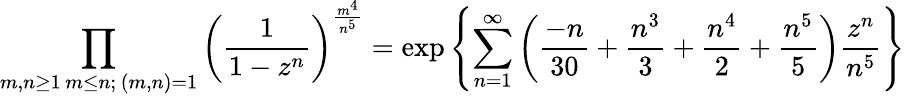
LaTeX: \prod_{\substack{m,n\geq 1\, m\leq n;\, (m,n)=1}}\left(\frac{1}{1-z^{n}}\right)^{\frac{m^{4}}{n^{5}}}=\exp\left\{ \sum_{n=1}^{\infty}\left(\frac{-n}{30}+\frac{n^{3}}{3}+\frac{n^{4}}{2}+\frac{n^{5}}{5}\right)\frac{z^{n}}{n^{5}}\right\}